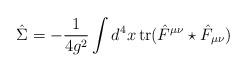
LaTeX: \begin{align*}\hat{\Sigma} = -\frac{1}{4g^2} \int d^4x \, \mathrm{tr}(\hat{F}^{\mu\nu} \star \hat{F}_{\mu\nu})\end{align*}